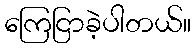
ကြေငြာခဲ့ပါတယ်။